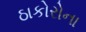
ઠાકોરોના